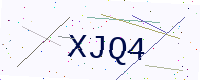
Text: XJQ4